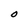
Character: O